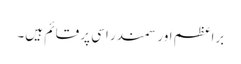
برِاعظم اور سمندر اسی پر قائم ہیں۔